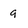
Character: 9